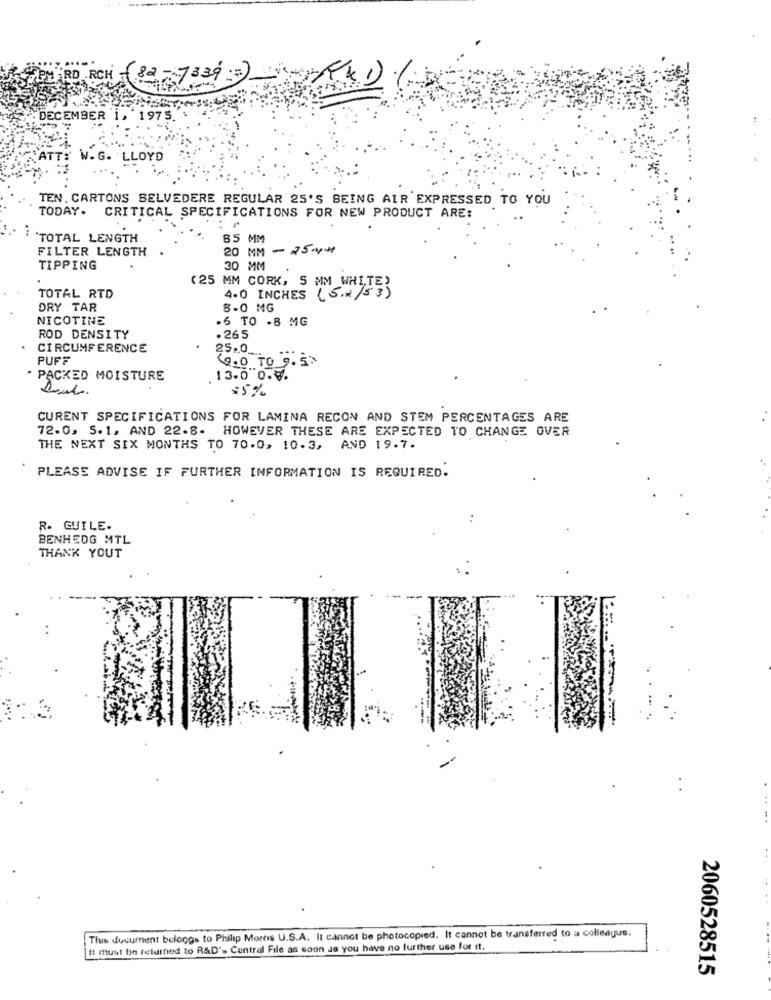
RD .RCH - 82 - 7339 == ) 41
.DECEMBER 1, 1975.
W.G. LLOYD
TEN. CARTONS BELVEDERE REGULAR 25'S BEING AIR EXPRESSED TO YOU
TODAY. CRITICAL SPECIFICATIONS FOR NEW PRODUCT ARE:
`TOTAL LENGTH
85 MM
FILTER LENGTH
20 MM - 25#
TIPPING
30 MM
(25 MM CORK, S MM WHITE)
4.0 INCHES (5.2 /53)
TOTAL RTD
DRY TAR
8-0 MG
NICOTINE
.6 TO -8 MG
ROD DENSITY
.265
CIRCUMFERENCE
25.0_
PUFF
9.0 TO
PACKED MOISTURE
13.0 0.4.
15%
CURENT SPECIFICATIONS FOR LAMINA RECON AND STEM PERCENTAGES ARE
72.0. 5.1, AND 22.8. HOWEVER THESE ARE EXPECTED TO CHANGE OVER
THE NEXT SIX MONTHS TO 70.0, 10.3, AND 19.7.
PLEASE ADVISE IF FURTHER INFORMATION IS REQUIRED.
R. GUILE.
BENHEDG MTL
THANK YOUT
This document belongs to Philip Morris U.S.A. It cannot be photocopied. It cannot be transferred to a colleague.
It must be returned to R&D'- Central File as soon as you have no further use for it.
2060528515